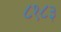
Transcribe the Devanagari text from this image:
८१८३